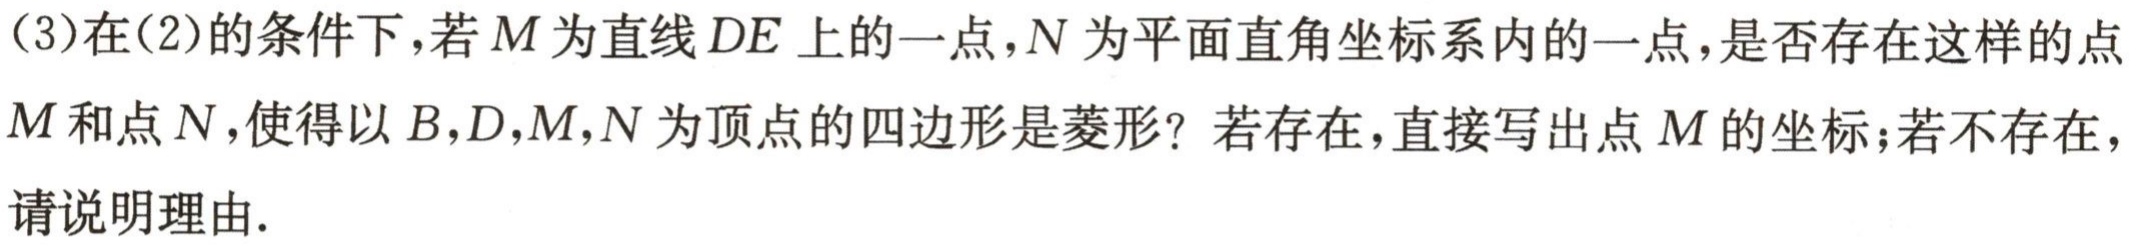
(3)在(2)的条件下，若\(M\)为直线\(DE\)上的一点，\(N\)为平面直角坐标系内的一点，是否存在这样的点\(M\)和点\(N\)，使得以\(B,D,M,N\)为顶点的四边形是菱形？若存在，直接写出点\(M\)的坐标；若不存在，请说明理由.